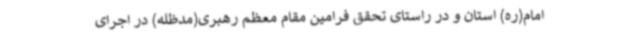
امام(ره) استان و در راستای تحقق فرامین مقام معظم رهبری(مدظله) در اجرای